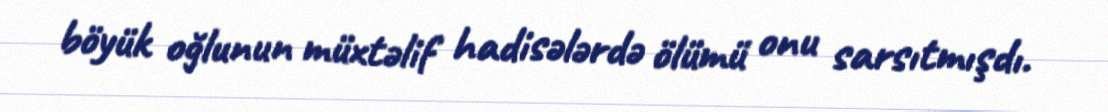
böyük oğlunun müxtəlif hadisələrdə ölümü onu sarsıtmışdı.